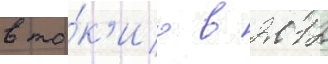
в то́к'ио в 2012